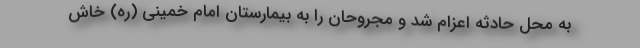
به محل حادثه اعزام شد و مجروحان را به بیمارستان امام خمینی (ره) خاش